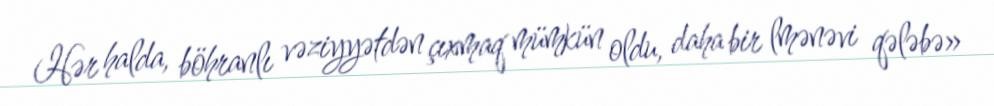
Hər halda, böhranlı vəziyyətdən çıxmaq mümkün oldu, daha bir lmənəvi qələbə»